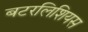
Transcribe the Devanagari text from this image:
बटरलिशियस